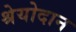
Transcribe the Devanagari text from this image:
श्रेयोदान